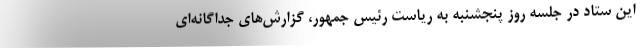
این ستاد در جلسه روز پنجشنبه به ریاست رئیس جمهور، گزارش‌های جداگانه‌ای